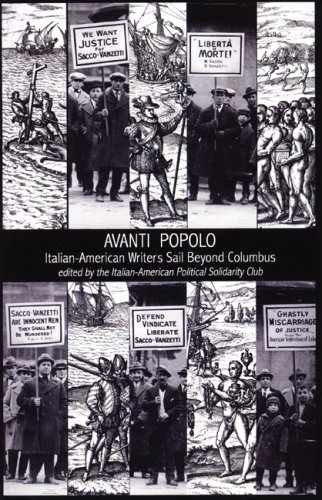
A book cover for Avanti Popolo: Italian-American Writers Sail Beyond Columbus; Politics & Social Sciences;